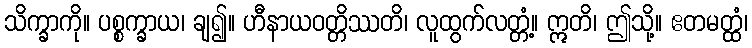
သိက္ခာကို။ ပစ္စက္ခာယ၊ ချ၍။ ဟီနာယဝတ္တိဿတိ၊ လူထွက်လတ္တံ့။ ဣတိ၊ ဤသို့။ ဧတမတ္ထံ၊